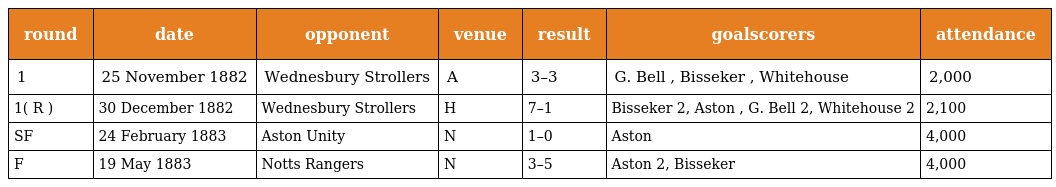
| round | date | opponent | venue | result | goalscorers | attendance |
 | --- | --- | --- | --- | --- | --- | --- |
 | 1 | 25 November 1882 | Wednesbury Strollers | A | 3–3 | G. Bell , Bisseker , Whitehouse | 2,000 |
 | 1( R ) | 30 December 1882 | Wednesbury Strollers | H | 7–1 | Bisseker 2, Aston , G. Bell 2, Whitehouse 2 | 2,100 |
 | SF | 24 February 1883 | Aston Unity | N | 1–0 | Aston | 4,000 |
 | F | 19 May 1883 | Notts Rangers | N | 3–5 | Aston 2, Bisseker | 4,000 |